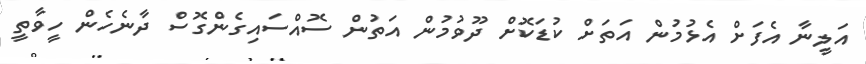
އަލީނާ އެފަށް އެޅުމުން އަތަށް ކުޑަކޮށް ދޫވުމުން އަތުން ސޮއްސައިގެންގޮސް ދާނެހެން ހީވާތީ